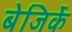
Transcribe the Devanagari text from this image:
बेजिर्के